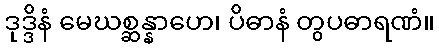
ဒုဒ္ဒိနံ မေဃစ္ဆန္နာဟေ၊ ပိဓာနံ တွပဓာရဏံ။